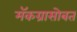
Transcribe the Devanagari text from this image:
मॅकग्रासोबत